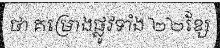
ថា គម្រោងផ្លូវទាំង ២២ខ្សែ